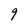
Character: 9